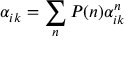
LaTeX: \alpha _ { i k } = \sum _ { n } P ( n ) \alpha _ { i k } ^ { n }